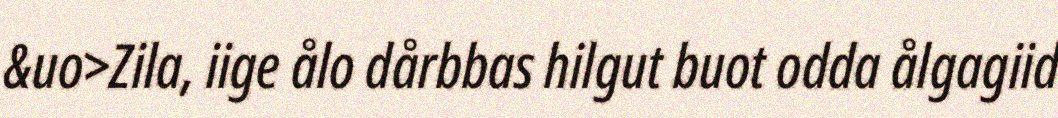
&uo>Zila, iige ålo dårbbas hilgut buot odda ålgagiid